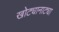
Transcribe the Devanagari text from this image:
खोट्यानाट्या